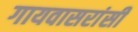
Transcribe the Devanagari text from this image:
गायवासरांसी